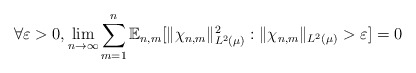
\begin{align*} \forall \varepsilon > 0, \lim_{n \to \infty} \sum_{m=1}^n \mathbb{E}_{n,m}[ \|\chi_{n,m} \|_{L^2(\mu)}^2 : \|\chi_{n,m} \|_{L^2(\mu)} > \varepsilon ] = 0 \end{align*}